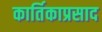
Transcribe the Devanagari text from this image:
कार्तिकाप्रसाद